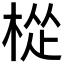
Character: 𪲧